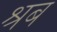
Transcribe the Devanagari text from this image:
श्रब